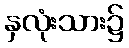
နှလုံးသား၌